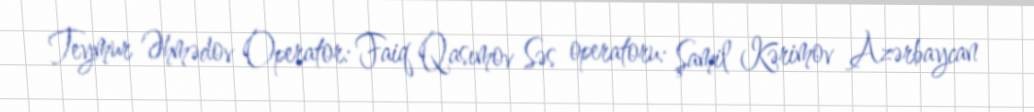
Teymur Əhmədov Operator: Faiq Qasımov Səs operatoru: Şamil Kərimov Azərbaycan